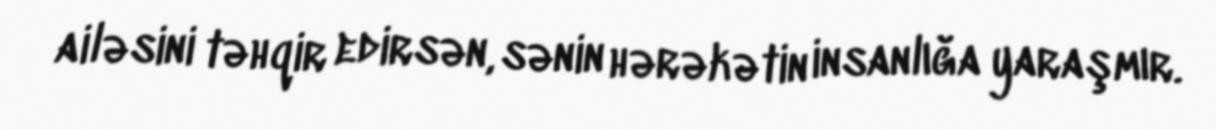
ailəsini təhqir edirsən, sənin hərəkətin insanlığa yaraşmır.